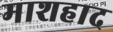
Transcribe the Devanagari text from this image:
माशहाद